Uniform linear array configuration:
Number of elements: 12
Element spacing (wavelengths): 0.75
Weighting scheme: kaiser
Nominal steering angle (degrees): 60
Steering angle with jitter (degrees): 58.012
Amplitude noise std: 0.05
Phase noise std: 0.05

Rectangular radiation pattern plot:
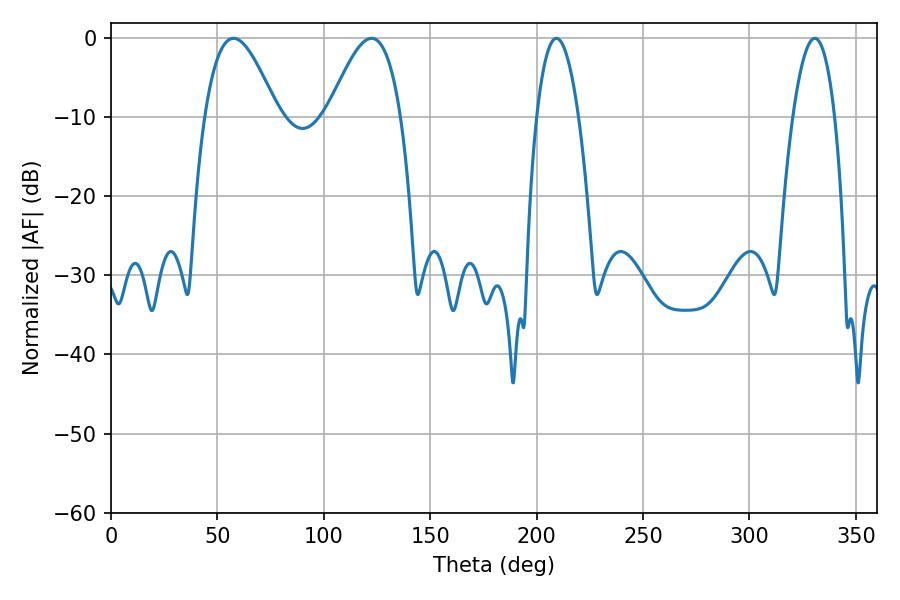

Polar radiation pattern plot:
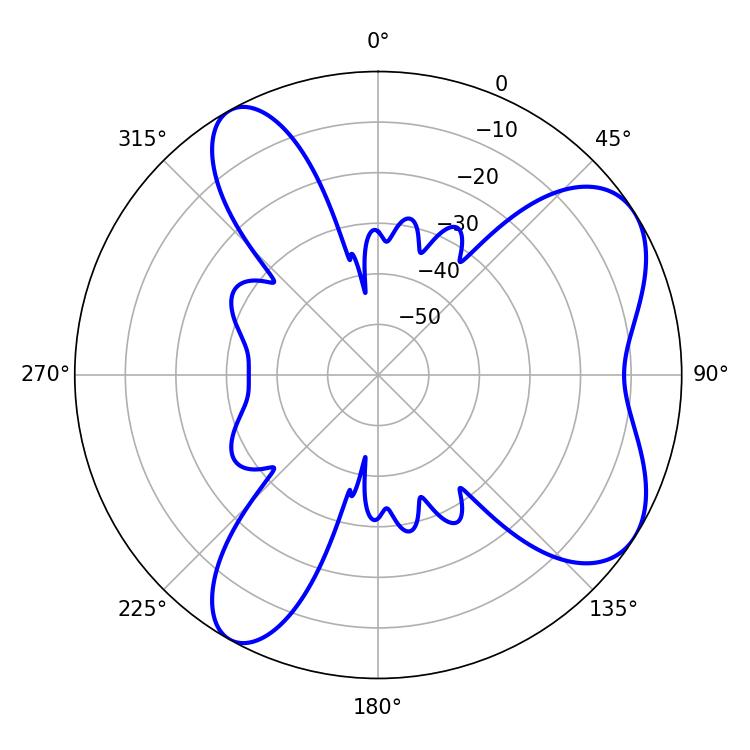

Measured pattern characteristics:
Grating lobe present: TRUE
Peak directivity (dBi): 6.728
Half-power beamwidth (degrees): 18.54
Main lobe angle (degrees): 57.6